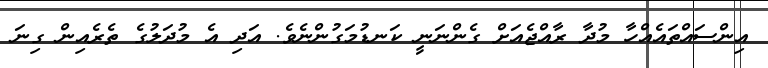
އިންސައްތައެއްހާ މުދާ ރާއްޖެއަށް ގެންނަނީ ކަނޑުމަގުންނެވެ. އަދި އެ މުދަލުގެ ތެރެއިން ގިނަ